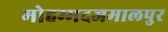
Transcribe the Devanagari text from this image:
मोहम्मदजमालपुर